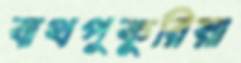
বাথপুকুরিয়া